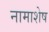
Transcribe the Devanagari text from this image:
नामाशेष